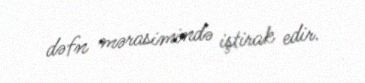
dəfn mərasimində iştirak edir.